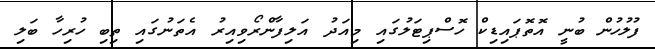
ފުލުހުން ބުނީ އޮތޮޕައިޑިކް ހޮސްޕިޓަލުގައި މިއަދު އަލިފާންރޯވިއިރު އެތަނުގައި ތިބި ހުރިހާ ބަލި